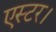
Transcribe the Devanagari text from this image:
एस्टर।